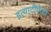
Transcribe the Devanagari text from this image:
इत्यादींपैकी